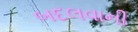
બદલવાની